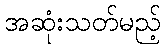
အဆုံးသတ်မည့်